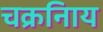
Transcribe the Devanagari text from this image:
चक्रनािय